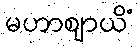
မဟာဈာယိံ